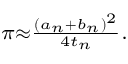
\scriptstyle \pi \approx { \frac { ( a _ { n } + b _ { n } ) ^ { 2 } } { 4 t _ { n } } } .